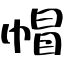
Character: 帽